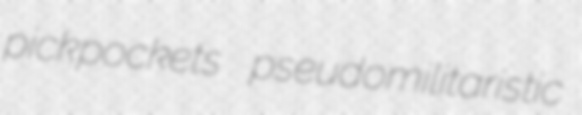
pickpockets pseudomilitaristic